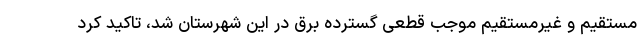
مستقیم و غیرمستقیم موجب قطعی گسترده برق در این شهرستان شد، تاکید کرد